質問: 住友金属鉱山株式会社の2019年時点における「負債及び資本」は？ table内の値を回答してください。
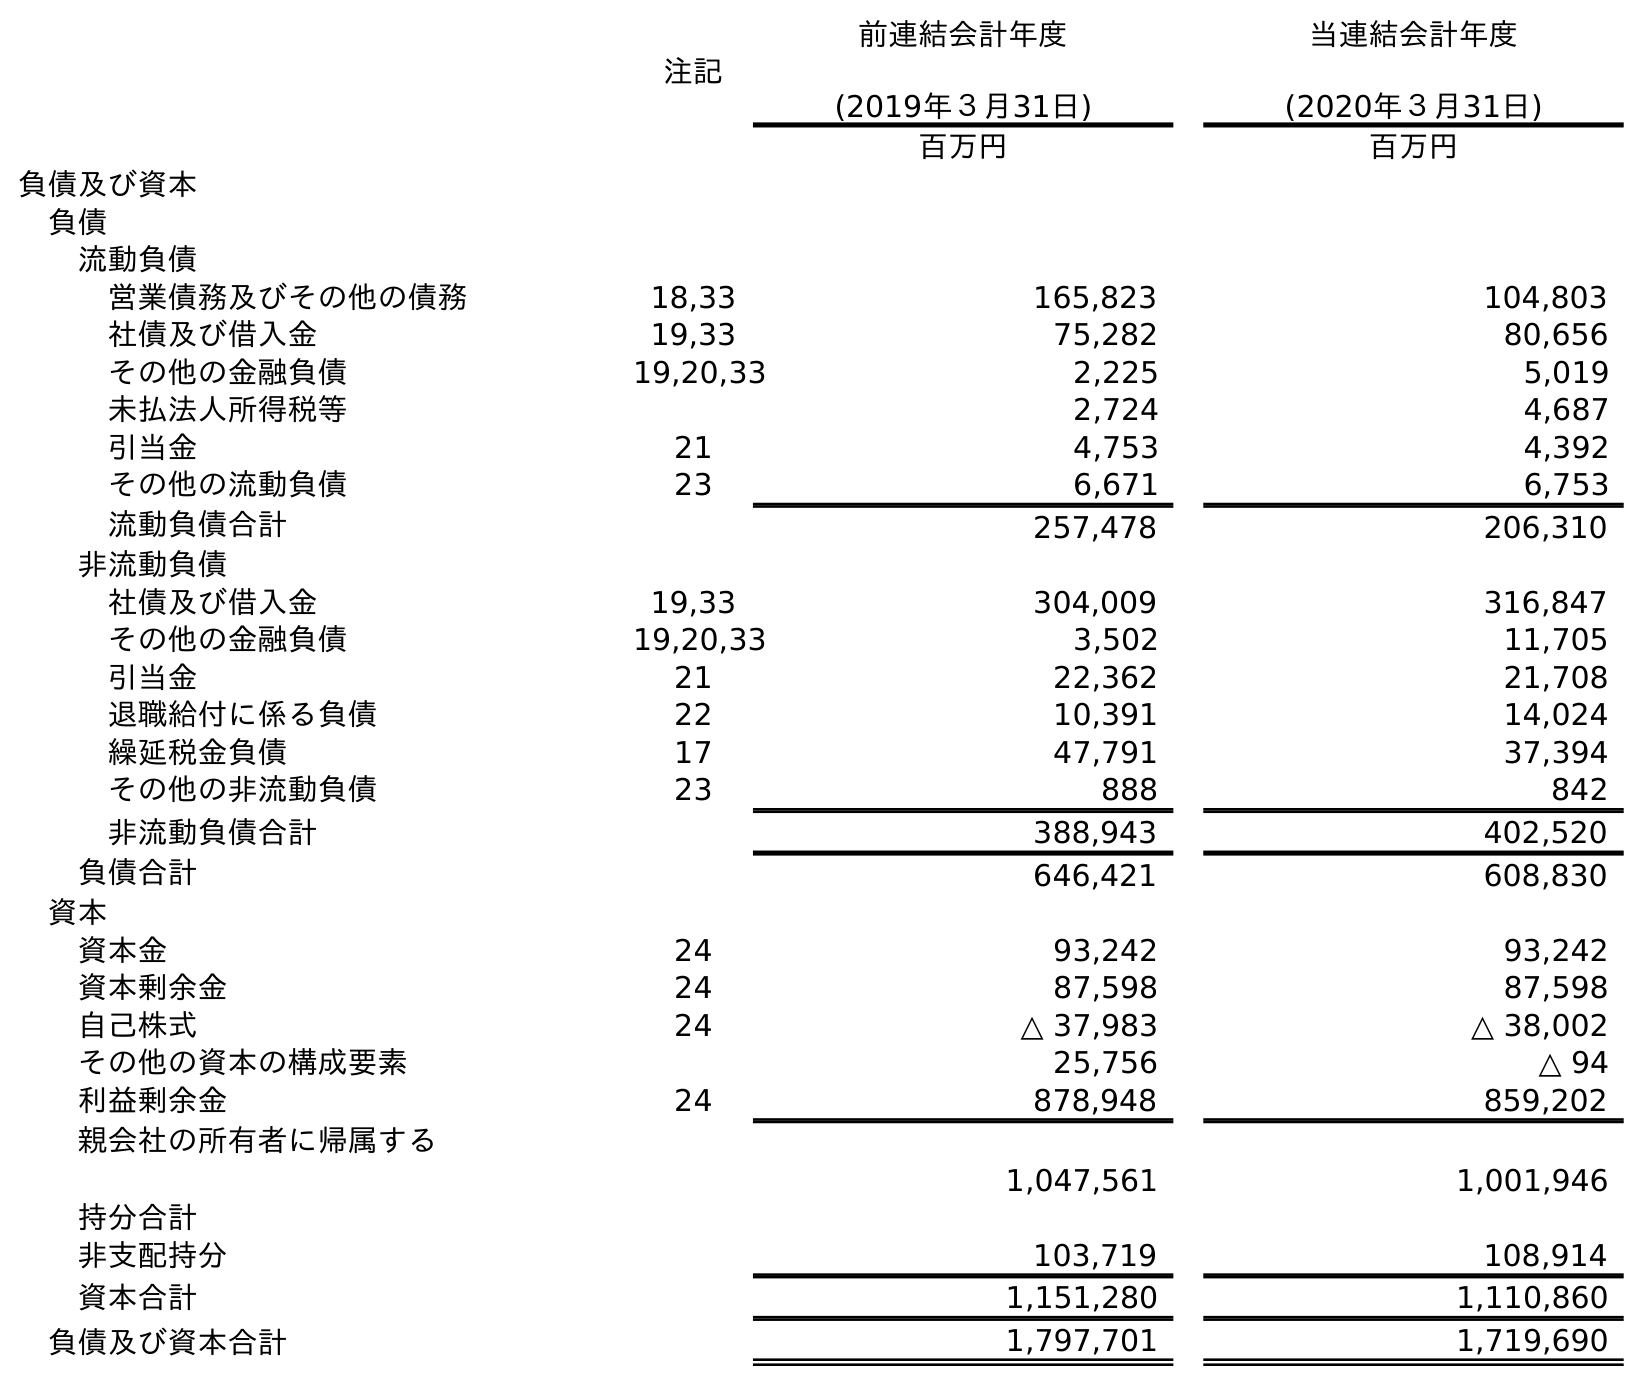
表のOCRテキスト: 注記 前連結会計年度 (2019年３月31日) 当連結会計年度 (2020年３月31日) 百万円 百万円 負債及び資本 負債 流動負債 営業債務及びその他の債務 18,33 165,823 104,803 社債及び借入金 19,33 75,282 80,656 その他の金融負債 19,20,33 2,225 5,019 未払法人所得税等 2,724 4,687 引当金 21 4,753 4,392 その他の流動負債 23 6,671 6,753 流動負債合計 257,478 206,310 非流動負債 社債及び借入金 19,33 304,009 316,847 その他の金融負債 19,20,33 3,502 11,705 引当金 21 22,362 21,708 退職給付に係る負債 22 10,391 14,024 繰延税金負債 17 47,791 37,394 その他の非流動負債 23 888 842 非流動負債合計 388,943 402,520 負債合計 646,421 608,830 資本 資本金 24 93,242 93,242 資本剰余金 24 87,598 87,598 自己株式 24 △ 37,983 △ 38,002 その他の資本の構成要素 25,756 △ 94 利益剰余金 24 878,948 859,202 親会社の所有者に帰属する 持分合計 1,047,561 1,001,946 非支配持分 103,719 108,914 資本合計 1,151,280 1,110,860 負債及び資本合計 1,797,701 1,719,690
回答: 1,797,701